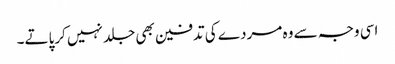
اسی وجہ سے وہ مردے کی تدفین بھی جلد نہیں کرپاتے۔